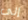
إلى